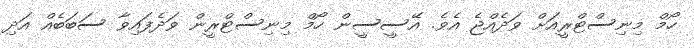
ހޯމް މިނިސްޓްރީއަށް ވަދެއްޖެ އެވެ. އޭސީސީން ހޯމް މިނިސްޓްރީން ވަދެފައިވާ ސަބަބެއް އަދި